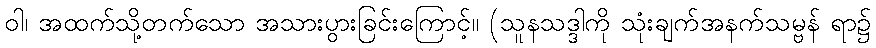
ဝါ၊ အထက်သို့တက်သော အသားပွားခြင်းကြောင့်။ (သူနသဒ္ဒါကို သုံးချက်အနက်သမ္ဗန် ရာ၌